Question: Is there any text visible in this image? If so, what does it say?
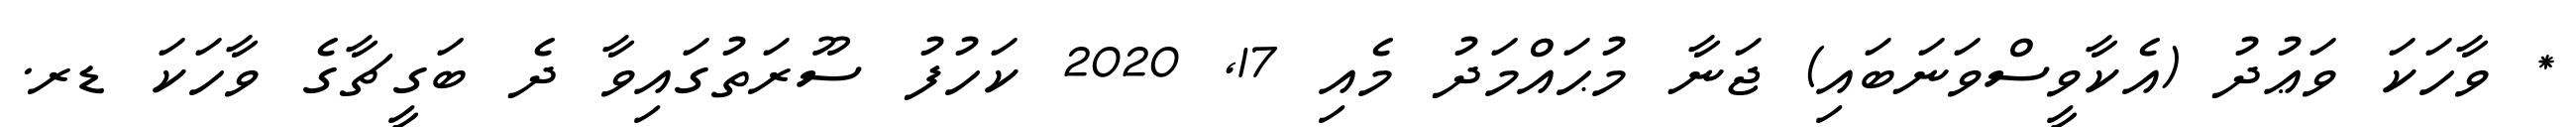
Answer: * ވާހަކަ ވަޢުދު (އެކާވީސްވަނަބައި) ޖަނާ މުޙައްމަދު މެއި 17, 2020 ކަހުފު ސޫރަތުގައިވާ ދެ ބަގީޗާގެ ވާހަކަ ޑރ.